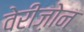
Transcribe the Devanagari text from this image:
वेरीज़ोन